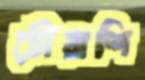
চৌরাশি